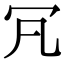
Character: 𠕵